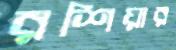
রশিয়ার